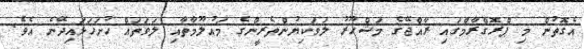
އެގޮތުން މި ޕްރޮގްރާމްގައި ރާއްޖޭގެ މަޝްހޫރު ލަވަކިޔުންތެރީންގެ މައުލޫމާތާއި ލަވަތައް ހުށަހަޅައިދޭނެ އެވެ.